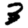
Digit: 3